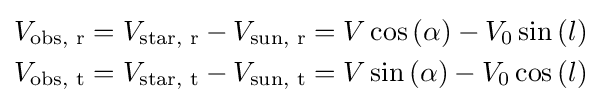
{\begin{aligned}&V_{\text{obs, r}}=V_{\text{star, r}}-V_{\text{sun, r}}=V\cos \left(\alpha \right)-V_{0}\sin \left(l\right)\\&V_{\text{obs, t}}=V_{\text{star, t}}-V_{\text{sun, t}}=V\sin \left(\alpha \right)-V_{0}\cos \left(l\right)\\\end{aligned}}